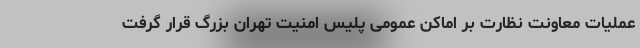
عملیات معاونت نظارت بر اماکن عمومی پلیس امنیت تهران بزرگ قرار گرفت